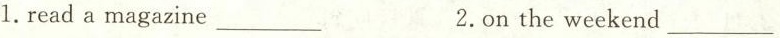
1.read a magazine ___ 2.on the weekend ___